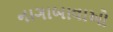
નાગાબાવાઓ